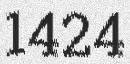
1424